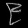
Digit: ၉